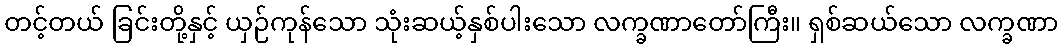
တင့်တယ် ခြင်းတို့နှင့် ယှဉ်ကုန်သော သုံးဆယ့်နှစ်ပါးသော လက္ခဏာတော်ကြီး။ ရှစ်ဆယ်သော လက္ခဏာ